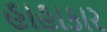
હાહાકાર